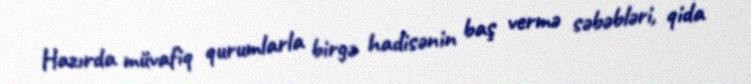
Hazırda müvafiq qurumlarla birgə hadisənin baş vermə səbəbləri, qida